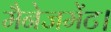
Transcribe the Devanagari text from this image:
मैनेजमेंट।